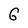
Character: 6